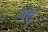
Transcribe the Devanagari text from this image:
गलु